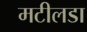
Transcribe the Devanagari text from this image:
मटीलडा